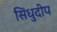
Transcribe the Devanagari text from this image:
सिंधुदीप